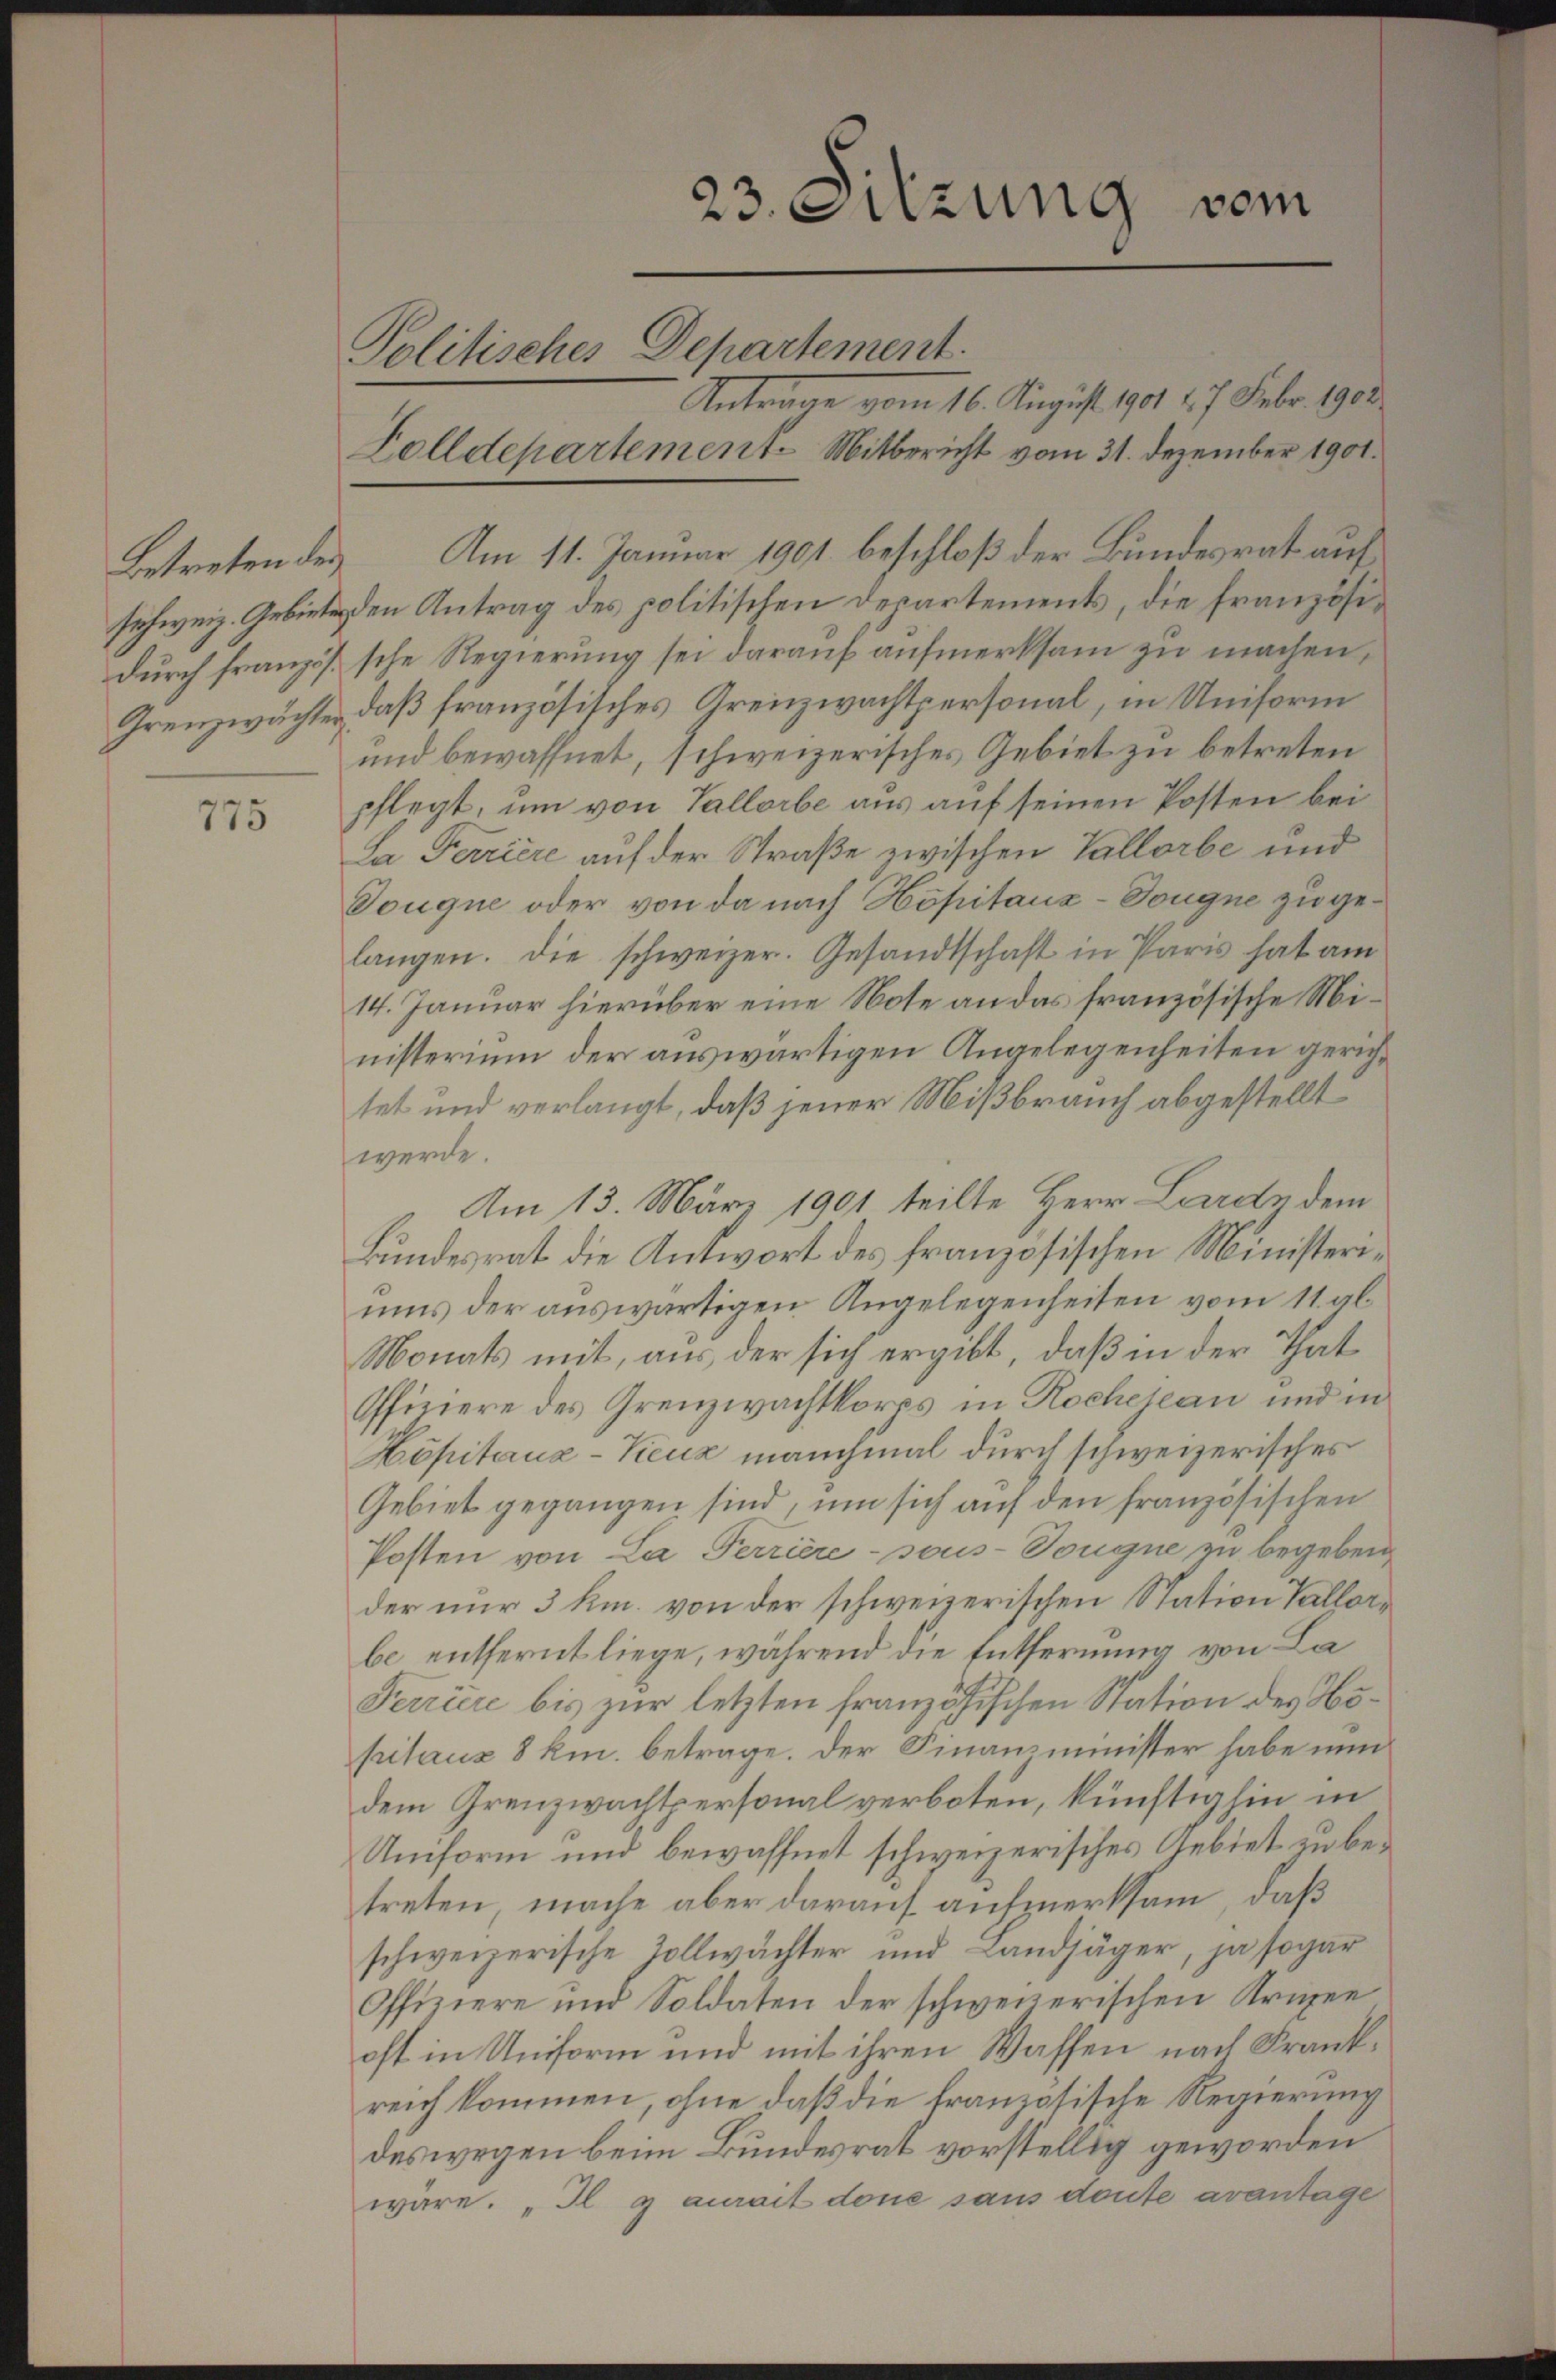
Betreten des
schweiz. Gebieten.
durch französ.
Grenzwächter

775

Politisches Departement.

Zolldepartement. Mitbericht vom 31. Dezember 1901.

Antrage vom 16. August 1901 2. 7. Febr. 1900.
Am 11. Januar 1901 beschloß der Bundesrat auf
den Antrag des politischen Departements, die französische Regierung sei darauf aufmerksam zu machen,
daß französisches Grenzwachtpersonal, in Uniform
und bewaffnet, schweizerisches Gebiet zu betreten
pflegt, um von Vallorbe aus auf seinen Posten bei
Ja Ferriere auf der Straße zwischen Vallorbe und
Douque oder von da nach Hopitaux-Tougne zu gelangen. Die schweizer. Gesandtschaft in Paris hat am
14. Januar hierüber eine Note an das französische Ministerium der auswärtigen Angelegenheiten gerichtet und verlangt, daß jener Mißbrauch abgestellt
werde.
Am 13. März 1901 teilte Herr Lardn dem
Bundesrat die Antwort des französischen Ministeriums der auswärtigen Angelegenheiten vom 11. al
Monats mit, aus der sich ergibt, daß in der That
Offiziere des Grenzwachtkorps in Rocheleau und in
Höpitaux-Keuz manchmal durch schweizerisches
Gebiet gegangen sind, um sich auf den französischen
Posten von La Ferriere - sous-Dougne zu begeben
der nur 3 km. von der schweizerischen Station Vallerbe entfernt liege, während die Entfernung von La¬
Terriere bis zur letzten französischen Station des Höpitaus 8 km. betrage. Der Finanzminister habe nun
dem Grenzwachtpersonal verboten, künftighin in
Umform und bewaffnet schweizerisches Gebiet zu betreten, mache aber darauf aufmerksam, daß
schweizerische Zollwächter und Landjäger, ja sogar
Offiziere und Soldaten der schweizerischen Krigen
oft in Uniform und mit ihren Wassen nach Frankreich kommen, ohne daß die französische Regierung
deswegen beim Bundesrat vorstellig geworden
wäre. „Il y aurait done sans doute avantage

23. Sitzung vom